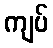
ကျပ်